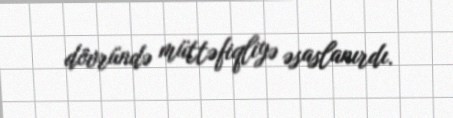
dövründə müttəfiqliyə əsaslanırdı.